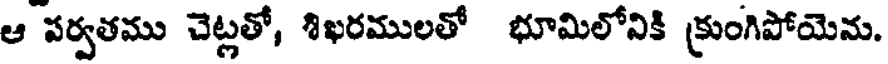
ఆ పర్వతము చెట్లతో, శిఖరములతో భూమిలోనికి క్రుంగిపోయెను.